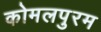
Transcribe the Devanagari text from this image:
कोमलपुरम